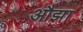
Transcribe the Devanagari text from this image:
औझा